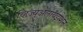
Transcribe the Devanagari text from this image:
व्हिज्युअलायझेशन